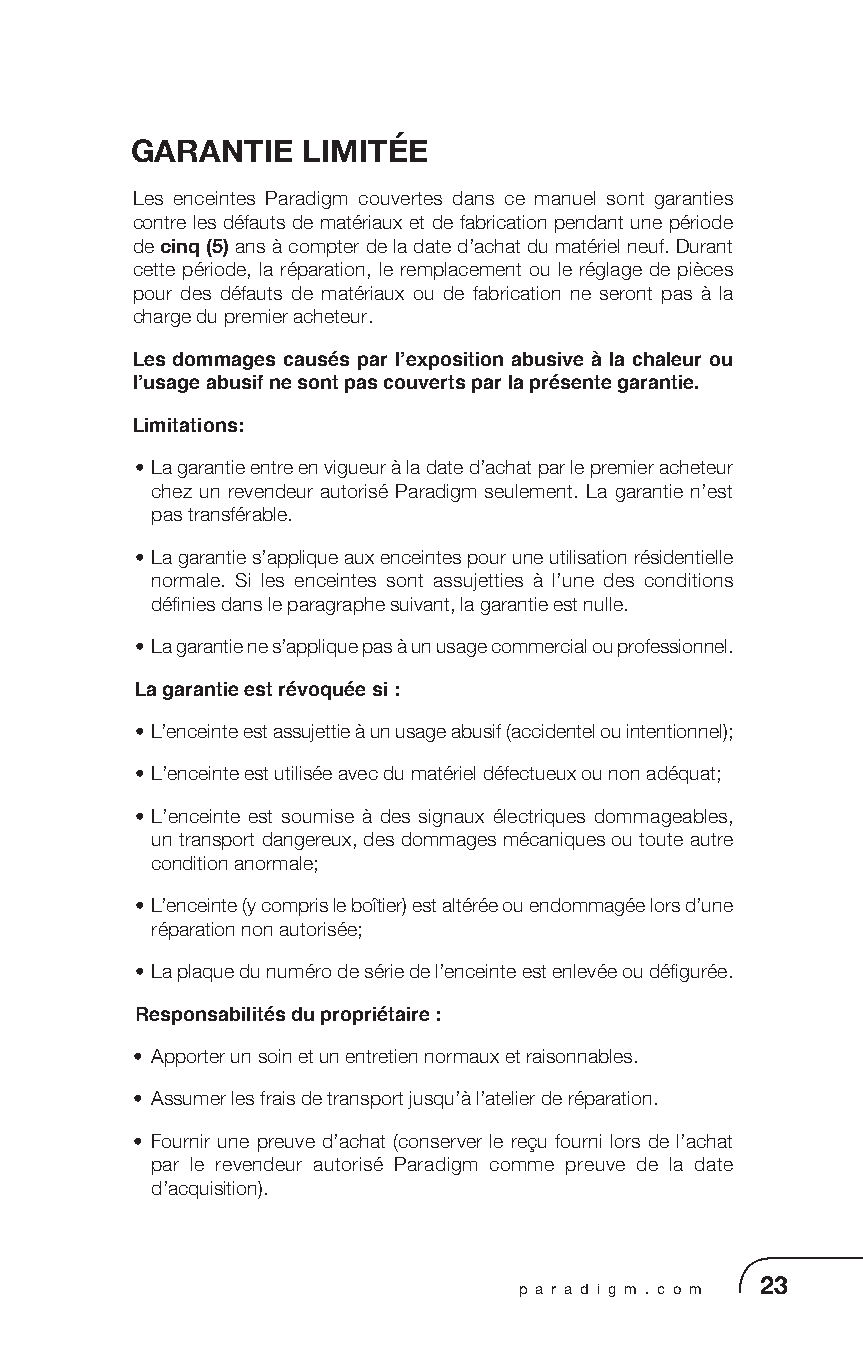
GARANTIE   LIMITÉE
 Les enceintes Paradigm couvertes dans ce manuel sont garanties
 contre les défauts de matériaux et de fabrication pendant une période
 de cinq (5) ans à compter de la date d’achat du matériel neuf. Durant
 cette période, la réparation, le remplacement ou le réglage de pièces
 pour des défauts de matériaux ou de fabrication ne seront pas à la
 charge du premier acheteur.
 Les dommages causés par l’exposition abusive à la chaleur ou
 l’usage abusif ne sont pas couverts par la présente garantie.
 Limitations:
 • La garantie entre en vigueur à la date d’achat par le premier acheteur
 chez un revendeur autorisé Paradigm seulement. La garantie n’est
 pas transférable.
 • La garantie s’applique aux enceintes pour une utilisation résidentielle
 normale. Si les enceintes sont assujetties à l’une des conditions
 définies dans le paragraphe suivant, la garantie est nulle.
 • La garantie ne s’applique pas à un usage commercial ou professionnel.
 La garantie est révoquée si :
 • L’enceinte est assujettie à un usage abusif (accidentel ou intentionnel);
 • L’enceinte est utilisée avec du matériel défectueux ou non adéquat;
 • L’enceinte est soumise à des signaux électriques dommageables,
 un transport dangereux, des dommages mécaniques ou toute autre
 condition anormale;
 • L’enceinte (y compris le boîtier) est altérée ou endommagée lors d’une
 réparation non autorisée;
 • La plaque du numéro de série de l’enceinte est enlevée ou défigurée.
 Responsabilités du propriétaire :
 • Apporter un soin et un entretien normaux et raisonnables.
 • Assumer les frais de transport jusqu’à l’atelier de réparation.
 • Fournir une preuve d’achat (conserver le reçu fourni lors de l’achat
 par le revendeur autorisé Paradigm comme preuve de la date
 d’acquisition).
 p a r a d i g m . c o m 23